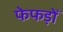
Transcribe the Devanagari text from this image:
फेफड़ोँ